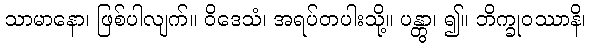
သာမာနော၊ ဖြစ်ပါလျက်။ ဝိဒေသံ၊ အရပ်တပါးသို့။ ပန္တွာ၊ ၍။ ဘိက္ခုဝဿာနိ၊